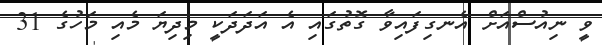
ވީ ނިއުސްއަށް އެނގިފައިވާ ގޮތުގައި އެ އަދަދަކީ މިދިޔަ މެއި މަހުގެ 31